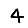
Digit: 4